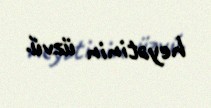
heyətinin üzvü.